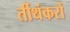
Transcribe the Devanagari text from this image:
र्तीथंकरों